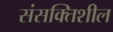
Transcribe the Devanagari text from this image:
संसक्तिशील